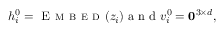
h _ { i } ^ { 0 } = \textsc { E m b e d } ( z _ { i } ) \mathrm { ~ a ~ n ~ d ~ } v _ { i } ^ { 0 } = \mathbf { 0 } ^ { 3 \times d } ,